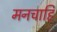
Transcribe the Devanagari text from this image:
मनचाहि